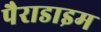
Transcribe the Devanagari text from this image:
पैराडाइम